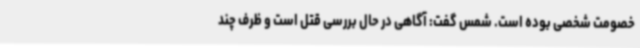
خصومت شخصی بوده است. شمس گفت: آگاهی در حال بررسی قتل است و ظرف چند